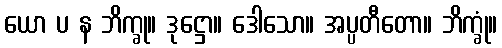
ယော ပ န ဘိက္ခု။ ဒုဋ္ဌော။ ဒေါသော။ အပ္ပတီတော။ ဘိက္ခုံ။